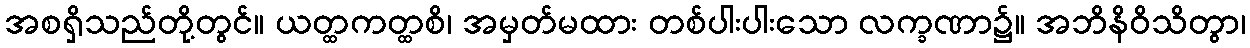
အစရှိသည်တို့တွင်။ ယတ္ထကတ္ထစိ၊ အမှတ်မထား တစ်ပါးပါးသော လက္ခဏာ၌။ အဘိနိဝိသိတွာ၊